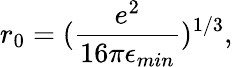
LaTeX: r_{0}=(\frac{e^{2}}{16\pi\epsilon_{min}})^{1/3},